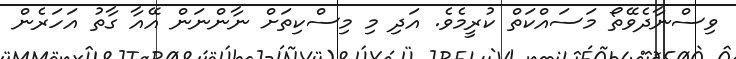
ވިސްނާދެވޭތޯ މަސައްކަތް ކުރީމެވެ. އަދި މި މިސްކިތަށް ނާންނަން އޭއާ ގާތު އަހަރެން